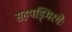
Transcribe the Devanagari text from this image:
सहषड्भिरंगैः